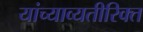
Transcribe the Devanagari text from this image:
यांच्याव्यतीरिक्त